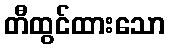
တီထွင်ထားသော